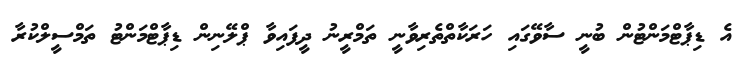
އެ ޑިޕާޓްމަންޓުން ބުނީ ސާވޭގައި ހަރަކާތްތެރިވާނީ ތަމްރީނު ދީފައިވާ ޕްލޭނިން ޑިޕާޓްމަންޓު ތަމްސީލްކުރާ